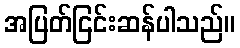
အပြတ်ငြင်းဆန်ပါသည်။